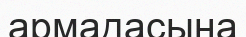
армадасына